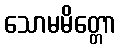
သောမမိတ္တော